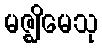
မဇ္ဈိမေသု